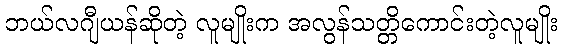
ဘယ်လဂျီယန်ဆိုတဲ့ လူမျိုးက အလွန်သတ္တိကောင်းတဲ့လူမျိုး